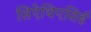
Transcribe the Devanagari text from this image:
सिऐथिएसिई